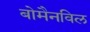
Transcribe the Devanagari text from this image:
बोमैनविल